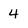
Character: 4